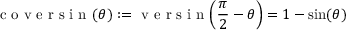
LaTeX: { \textrm { c o v e r s i n } } ( \theta ) : = { \textrm { v e r s i n } } \! \left( { \frac { \pi } { 2 } } - \theta \right) = 1 - \sin ( \theta )